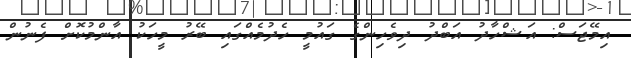
އިމޭޖަސް: އަޝްހާދު އަބްދު ދިވެހިންގެ ގައުމީ ހެދުމެއްގައި ބޭރު މީހަކު އާންމުކޮށް ފެނުން